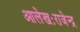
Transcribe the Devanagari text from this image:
आलेखःराजेन्द्र